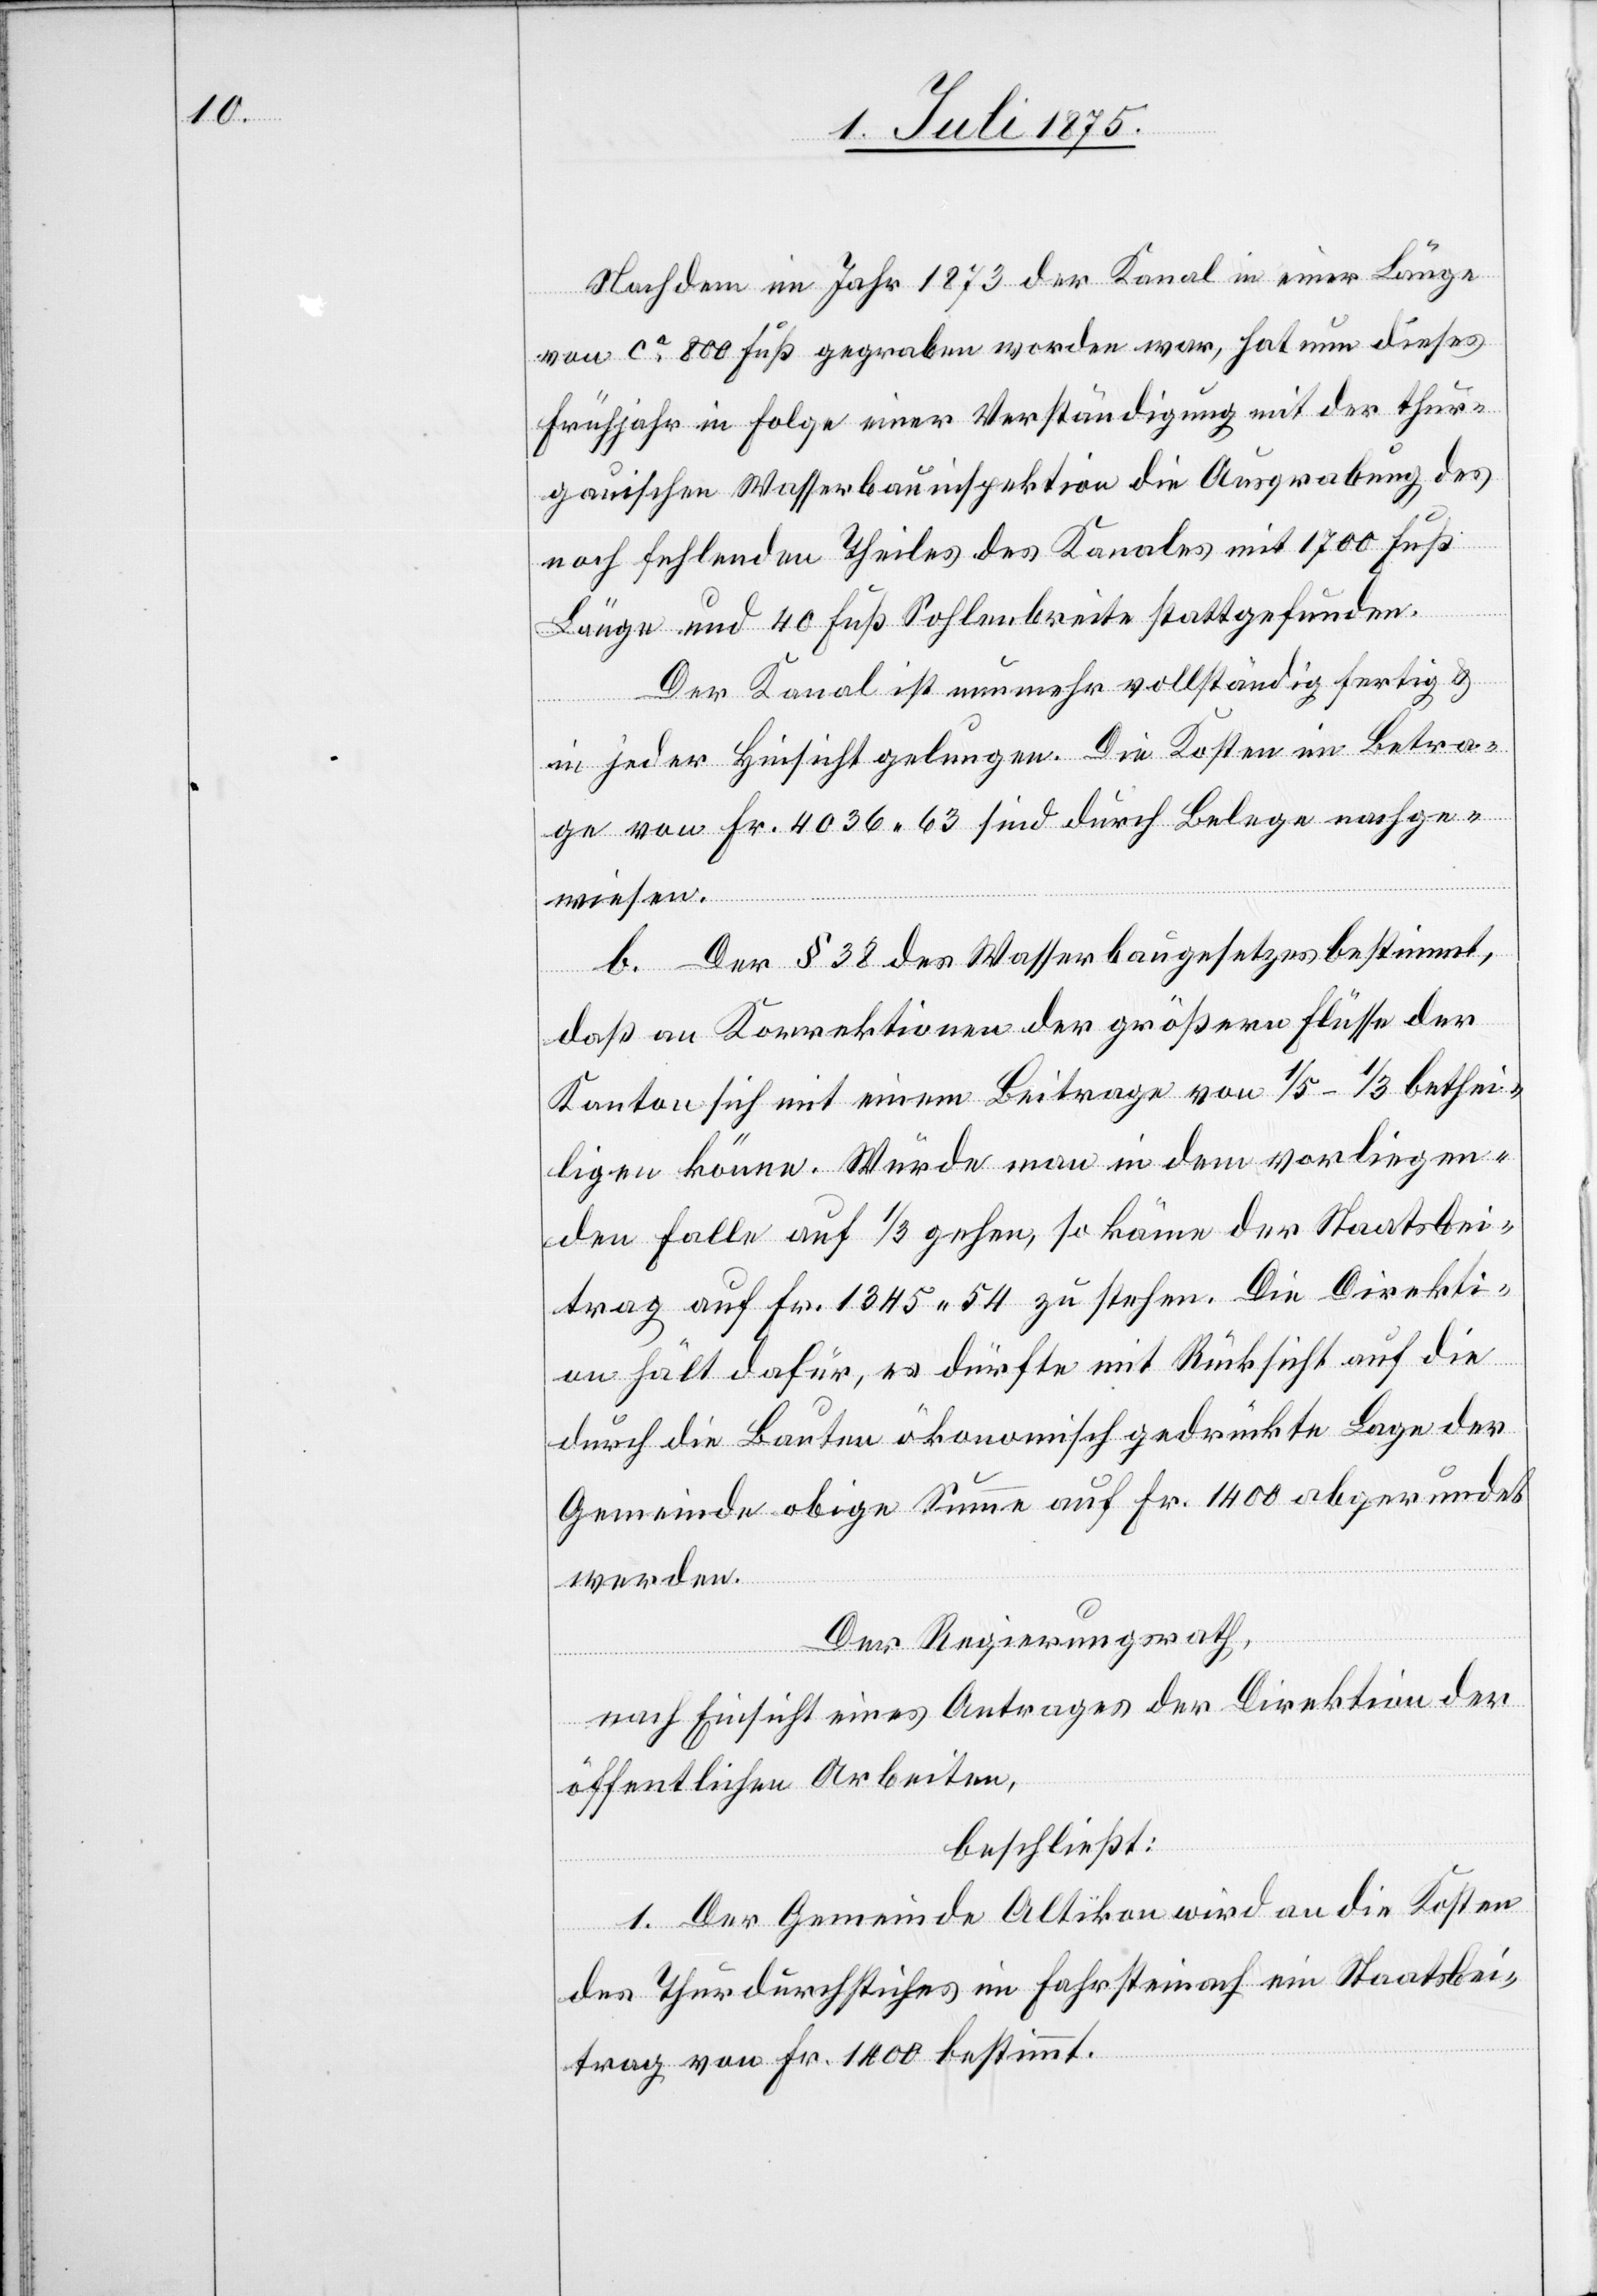
Nachdem im Jahr 1873 der Kanal in einer Länge
von ca 800 Fuß gegraben worden war, hat nun dieses
Frühjahr in Folge einer Verständigung mit der thur¬
gauischen Wasserbauinspektion die Ausgrabung des
noch fehlenden Theiles des Kanals mit 1700 Fuß
Länge und 40 Fuß Sohlenbreite stattgefunden.
Der Kanal ist nunmehr vollständig fertig &
in jeder Hinsicht gelungen. Die Kosten im Betra¬
ge von Fr. 4036 63 sind durch Belege nachge¬
wiesen.
b. Der § 38 des Wasserbaugesetzes bestimmt,
daß an Korrektionen der größern Flüsse der
Kanton sich mit einem Beitrage von 1/5–1/3 bethei¬
ligen könne. Würde man in dem vorliegen¬
den Falle auf 1/3 gehen, so käme der Staatsbei¬
trag auf Fr. 1345 54 zu stehen. Die Direkti¬
on hält dafür, es dürfe mit Rücksicht auf die
durch die Bauten ökonomisch gedrückte Lage der
Gemeinde obige Summe auf Fr. 1400 abgerundet
werden.
Der Regierungsrath,
nach Einsicht eines Antrages der Direktion der
öffentlichen Arbeiten,
beschließt:
1. Der Gemeinde Altikon wird an die Kosten
des Thurdurchstiches im Fahrsteinach ein Staatsbei¬
trag von Fr. 1400 bestimmt.